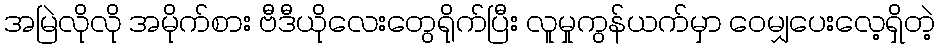
အမြဲလိုလို အမိုက်စား ဗီဒီယိုလေးတွေရိုက်ပြီး လူမှုကွန်ယက်မှာ ဝေမျှပေးလေ့ရှိတဲ့